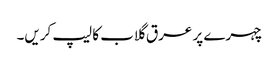
چہرے پر عرق گلاب کا لیپ کریں۔